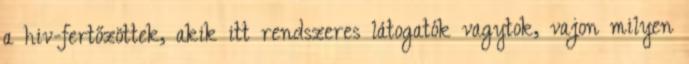
a hiv-fertőzöttek, akik itt rendszeres látogatók vagytok, vajon milyen